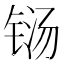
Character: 铴